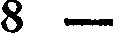
8 —